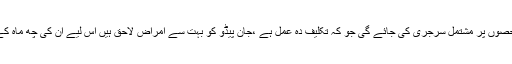
انہوں نے کہا کہ جان پیڈرو کی دو حصوں پر مشتمل سرجری کی جائے گی جو کہ تکلیف دہ عمل ہے ،جان پیڈو کو بہت سے امراض لاحق ہیں اس لیے ان کی چھ ماہ کے وقفے سے دو حصوں میں ہو گی ۔